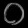
Digit: ၀